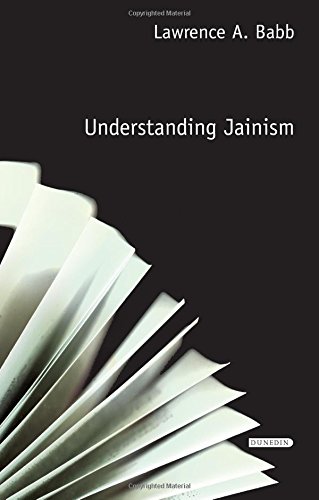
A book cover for Understanding Jainism (Understanding Faith); Lawrence A. Babb; Religion & Spirituality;